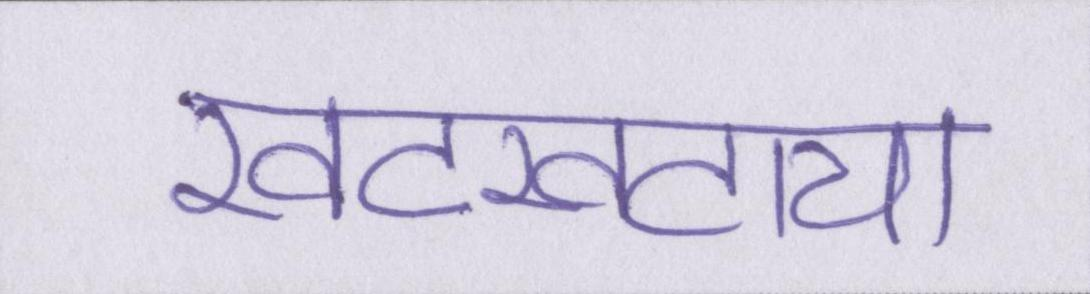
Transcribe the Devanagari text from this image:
खटखटाया